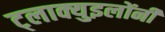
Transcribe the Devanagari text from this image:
ट्लाक्युइलोंनी